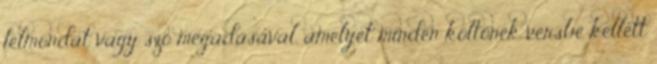
félmondat vagy szó megadásával, amelyet minden költőnek versbe kellett